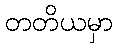
တတိယမှာ